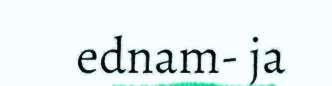
ednam- ja